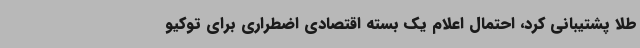
طلا پشتیبانی کرد، احتمال اعلام یک بسته اقتصادی اضطراری برای توکیو